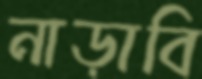
নাড়াবি